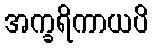
အက္ခရိကာယပိ